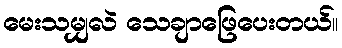
မေးသမျှလဲ သေချာဖြေပေးတယ်။